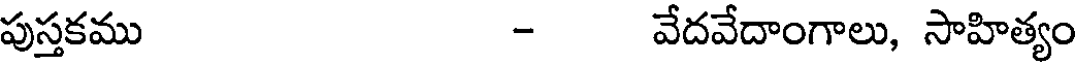
పుస్తకము - వేదవేదాంగాలు, సాహిత్యం